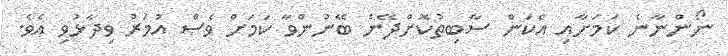
ނޯންނާނެ ކަމަށާއި އެކަން ސާބިތުކޮށްދޭން ބޭނުންވާ ކަމަށް ވެސް އުމަރު ވިދާޅުވި އެވެ.